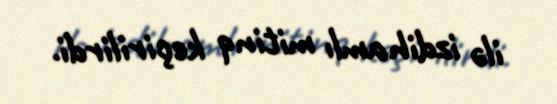
ilə izdihamlı mitinq keçirilirdi.